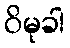
ဝိမုခါ